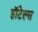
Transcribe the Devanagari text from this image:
हाॅटेल्स